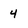
Character: 4